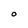
Character: O